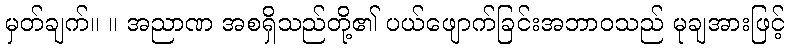
မှတ်ချက်။ ။ အညာဏ အစရှိသည်တို့၏ ပယ်ဖျောက်ခြင်းအဘာဝသည် မုချအားဖြင့်